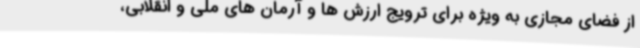
از فضای مجازی به ویژه برای ترویج ارزش ها و آرمان های ملی و انقلابی،